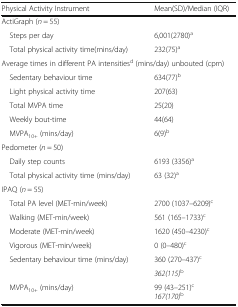
<table><thead><tr><td><b>Physical Activity Instrument</b></td><td><b>Mean(SD)/Median (IQR)</b></td></tr></thead><tbody><tr><td colspan="2">ActiGraph (<i>n</i> = 55)</td></tr><tr><td> Steps per day</td><td>6,001(2780)<sup>a</sup></td></tr><tr><td> Total physical activity time(mins/day)</td><td>232(75)<sup>a</sup></td></tr><tr><td colspan="2">Average times in different PA intensities<sup>d</sup> (mins/day) unbouted (cpm)</td></tr><tr><td> Sedentary behaviour time</td><td>634(77)<sup>b</sup></td></tr><tr><td> Light physical activity time</td><td>207(63)</td></tr><tr><td> Total MVPA time</td><td>25(20)</td></tr><tr><td> Weekly bout-time</td><td>44(64)</td></tr><tr><td> MVPA<sub>10+</sub> (mins/day)</td><td>6(9)<sup>b</sup></td></tr><tr><td colspan="2">Pedometer (<i>n</i> = 50)</td></tr><tr><td> Daily step counts</td><td>6193 (3356)<sup>a</sup></td></tr><tr><td> Total physical activity time (mins/day)</td><td>63 (32)<sup>a</sup></td></tr><tr><td colspan="2">IPAQ (<i>n</i> = 55)</td></tr><tr><td> Total PA level (MET-min/week)</td><td>2700 (1037–6209)<sup>c</sup></td></tr><tr><td> Walking (MET-min/week)</td><td>561 (165–1733)<sup>c</sup></td></tr><tr><td> Moderate (MET-min/week)</td><td>1620 (450–4230)<sup>c</sup></td></tr><tr><td> Vigorous (MET-min/week)</td><td>0 (0–480)<sup>c</sup></td></tr><tr><td> Sedentary behaviour time (mins/day)</td><td>360 (270–437)<sup>c</sup></td></tr><tr><td></td><td><i>362(115)</i><sup>b</sup></td></tr><tr><td> MVPA<sub>10+</sub> (mins/day)</td><td>99 (43–251)<sup>c</sup><i>167(170)</i><sup>b</sup></td></tr></tbody></table>